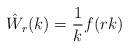
LaTeX: \begin{align*}\hat W_r(k) = \frac 1k f(rk)\end{align*}